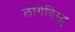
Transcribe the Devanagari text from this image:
लोंगेविस्ट्स